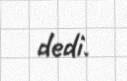
dedi.